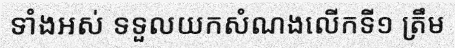
ទាំងអស់ ទទួលយកសំណងលើកទី១ ត្រឹម